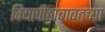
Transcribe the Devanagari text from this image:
विद्यापीठाबाबतच्या